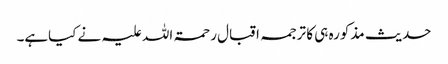
حدیث مذکورہ ہی کا ترجمہ اقبال رحمۃ اللہ علیہ نے کیاہے۔